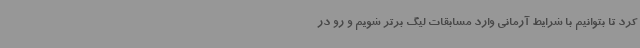
کرد تا بتوانیم با شرایط آرمانی وارد مسابقات لیگ برتر شویم و رو در